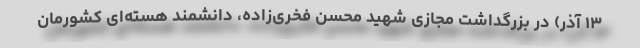
۱۳ آذر) در بزرگداشت مجازی شهید محسن فخری‌زاده، دانشمند هسته‌ای کشورمان